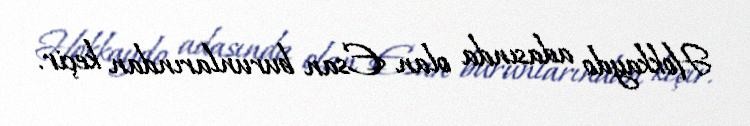
Hokkaydo adasında olan Esan burunlarından keçir.